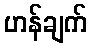
ဟန်ချက်